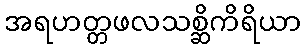
အရဟတ္တဖလသစ္ဆိကိရိယာ